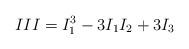
LaTeX: \begin{align*}III=I_{1}^{3}-3I_{1}I_{2}+3I_{3}\end{align*}